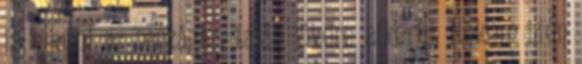
is eljutni az országba, talán jövőre sikerül. Nekem idén